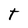
Character: t